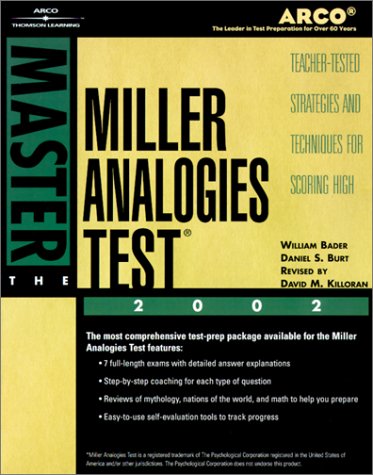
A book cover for Master the Miller Analogies Test 2002 (Arco Master the Miller Analogies Test); Arco; Test Preparation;